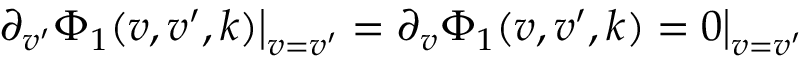
\partial _ { v ^ { \prime } } \Phi _ { 1 } ( v , v ^ { \prime } , k ) \big | _ { v = v ^ { \prime } } = \partial _ { v } \Phi _ { 1 } ( v , v ^ { \prime } , k ) = 0 \big | _ { v = v ^ { \prime } }